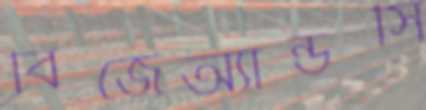
বিজেঅ্যান্ডসি